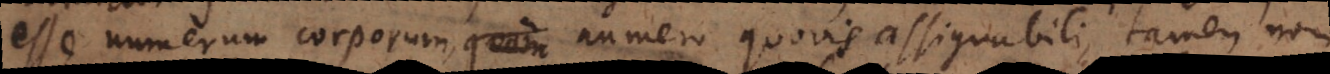
esse numerum corporum numero quovis assignabili, tamen non